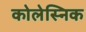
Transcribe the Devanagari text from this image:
कोलेस्निक